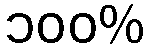
၁၀၀%